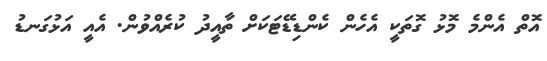
އޮތް އެންމެ މޮޅު ގޮތަކީ އެހެން ކެންޑިޑޭޓަކަށް ތާއީދު ކުރެއްވުން. އެއީ އަޅުގަނޑު